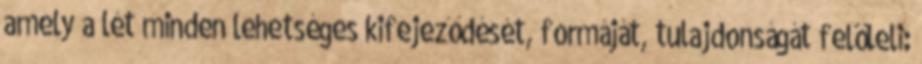
amely a lét minden lehetséges kifejeződését, formáját, tulajdonságát felöleli: